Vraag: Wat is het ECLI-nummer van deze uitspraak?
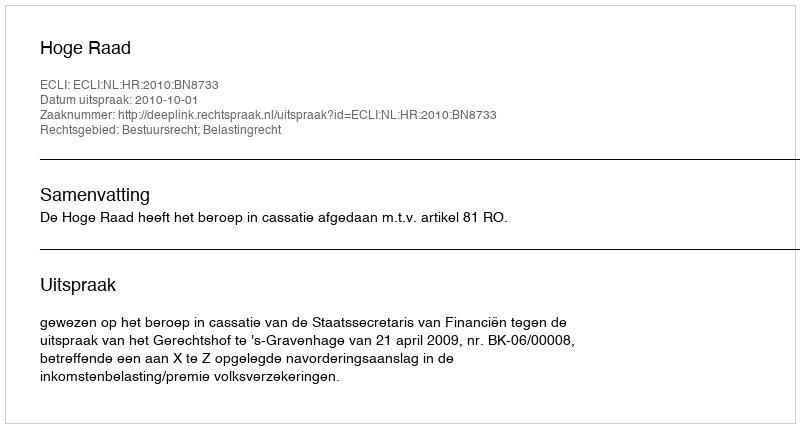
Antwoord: ECLI:NL:HR:2010:BN8733